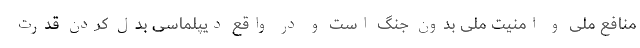
منافع ملی و امنیت ملی بدون جنگ است و در واقع دیپلماسی بدل کردن قدرت